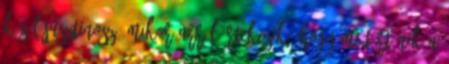
közül Jusztinosz, mikor arról értekezik, hogy mi történik a